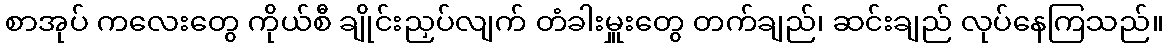
စာအုပ် ကလေးတွေ ကိုယ်စီ ချိုင်းညှပ်လျက် တံခါးမှူးတွေ တက်ချည်၊ ဆင်းချည် လုပ်နေကြသည်။